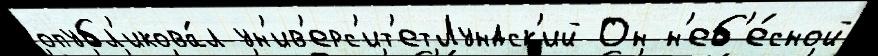
опубл'икова́л ун'ив'ерс'ит'етЛундск'ий Он н'еб'е́сной